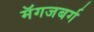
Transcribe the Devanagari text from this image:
मॅगजबर्ग